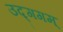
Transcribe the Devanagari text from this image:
उद्गगम्